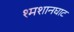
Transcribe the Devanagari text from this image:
श्मशानघाट